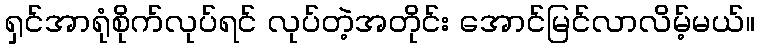
ရှင်အာရုံစိုက်လုပ်ရင် လုပ်တဲ့အတိုင်း အောင်မြင်လာလိမ့်မယ်။